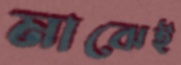
মাঝেই